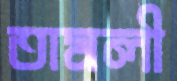
তামলী